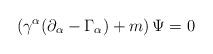
LaTeX: \begin{align*}\left( \gamma ^\alpha (\partial _\alpha -\Gamma _\alpha)+m\right) \Psi =0\end{align*}